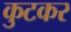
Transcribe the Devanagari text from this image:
कुटकर